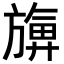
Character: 𪰀